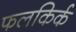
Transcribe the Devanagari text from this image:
फलकिर्क